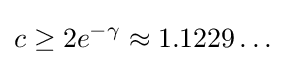
c\geq 2e^{-\gamma }\approx 1.1229\ldots